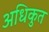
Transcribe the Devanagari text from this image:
अधिकुत